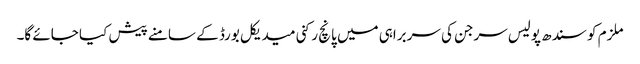
ملزم کو سندھ پولیس سرجن کی سربراہی میں پانچ رکنی میدیکل بورڈ کے سامنے پیش کیا جائے گا۔